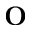
\mathbf { O }